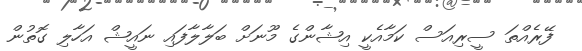
ފޭރެއްތަ ސީރިއަސް ކަމާއެކީ އިޝާންގެ މޫނަށް ބަލާލާފައި ނައީޝް އަހާލި ގޮތުން